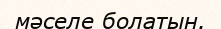
мәселе болатын.